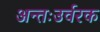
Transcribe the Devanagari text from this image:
अन्तःउर्वरक